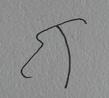
Signature authenticity: forged